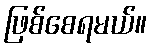
ဖြစ်စေရမယ်။